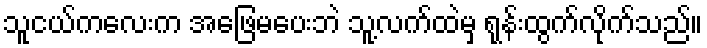
သူငယ်ကလေးက အဖြေမပေးဘဲ သူ့လက်ထဲမှ ရုန်းထွက်လိုက်သည်။